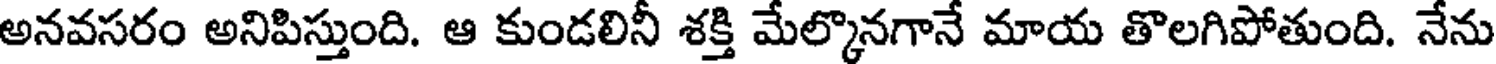
అనవసరం అనిపిస్తుంది. ఆ కుండలినీ శక్తి మేల్కొనగానే మాయ తొలగిపోతుంది. నేను